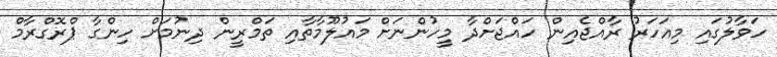
ހަވާލުގައި މިއަހަރު ރާއްޖެއިން ހައްޖަށްދާ މީހުންނަށް މައުލޫމާތާއި ތަމްރީން ދިނުމަށް ހިންގާ ޕްރޮގްރާމް